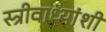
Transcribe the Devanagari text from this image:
स्त्रीवाध्यांशी